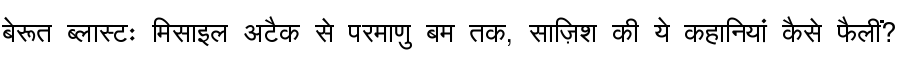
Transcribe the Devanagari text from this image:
बेरूत ब्लास्टः मिसाइल अटैक से परमाणु बम तक, साज़िश की ये कहानियां कैसे फैलीं?